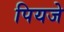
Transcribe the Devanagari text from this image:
पियजे